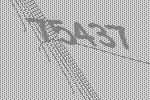
75437